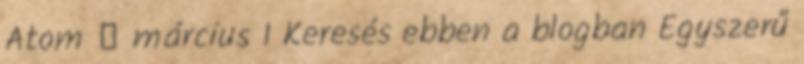
Atom ▼ március 1 Keresés ebben a blogban Egyszerű